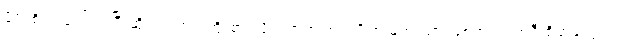
ဖိုလ်စိတ် ပေါ်လာပြီ ဆိုရင်တော့ ကြိုးစားလို့ရလာတဲ့ အကျိုးအမြတ် သာ ဖြစ်တယ်၊ အဲဒီ စိတ်တွေက